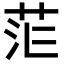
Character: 𮎷